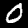
Digit: 0